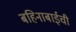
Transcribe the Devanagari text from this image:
बहिनाबाईची